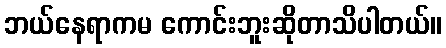
ဘယ်နေရာကမ ကောင်းဘူးဆိုတာသိပါတယ်။